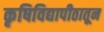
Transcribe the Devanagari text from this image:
कृषिविद्यापीठातून